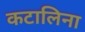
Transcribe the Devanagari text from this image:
कटालिना